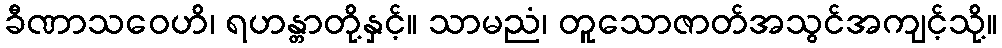
ခီဏာသဝေဟိ၊ ရဟန္တာတို့နှင့်။ သာမညံ၊ တူသောဇာတ်အသွင်အကျင့်သို့။